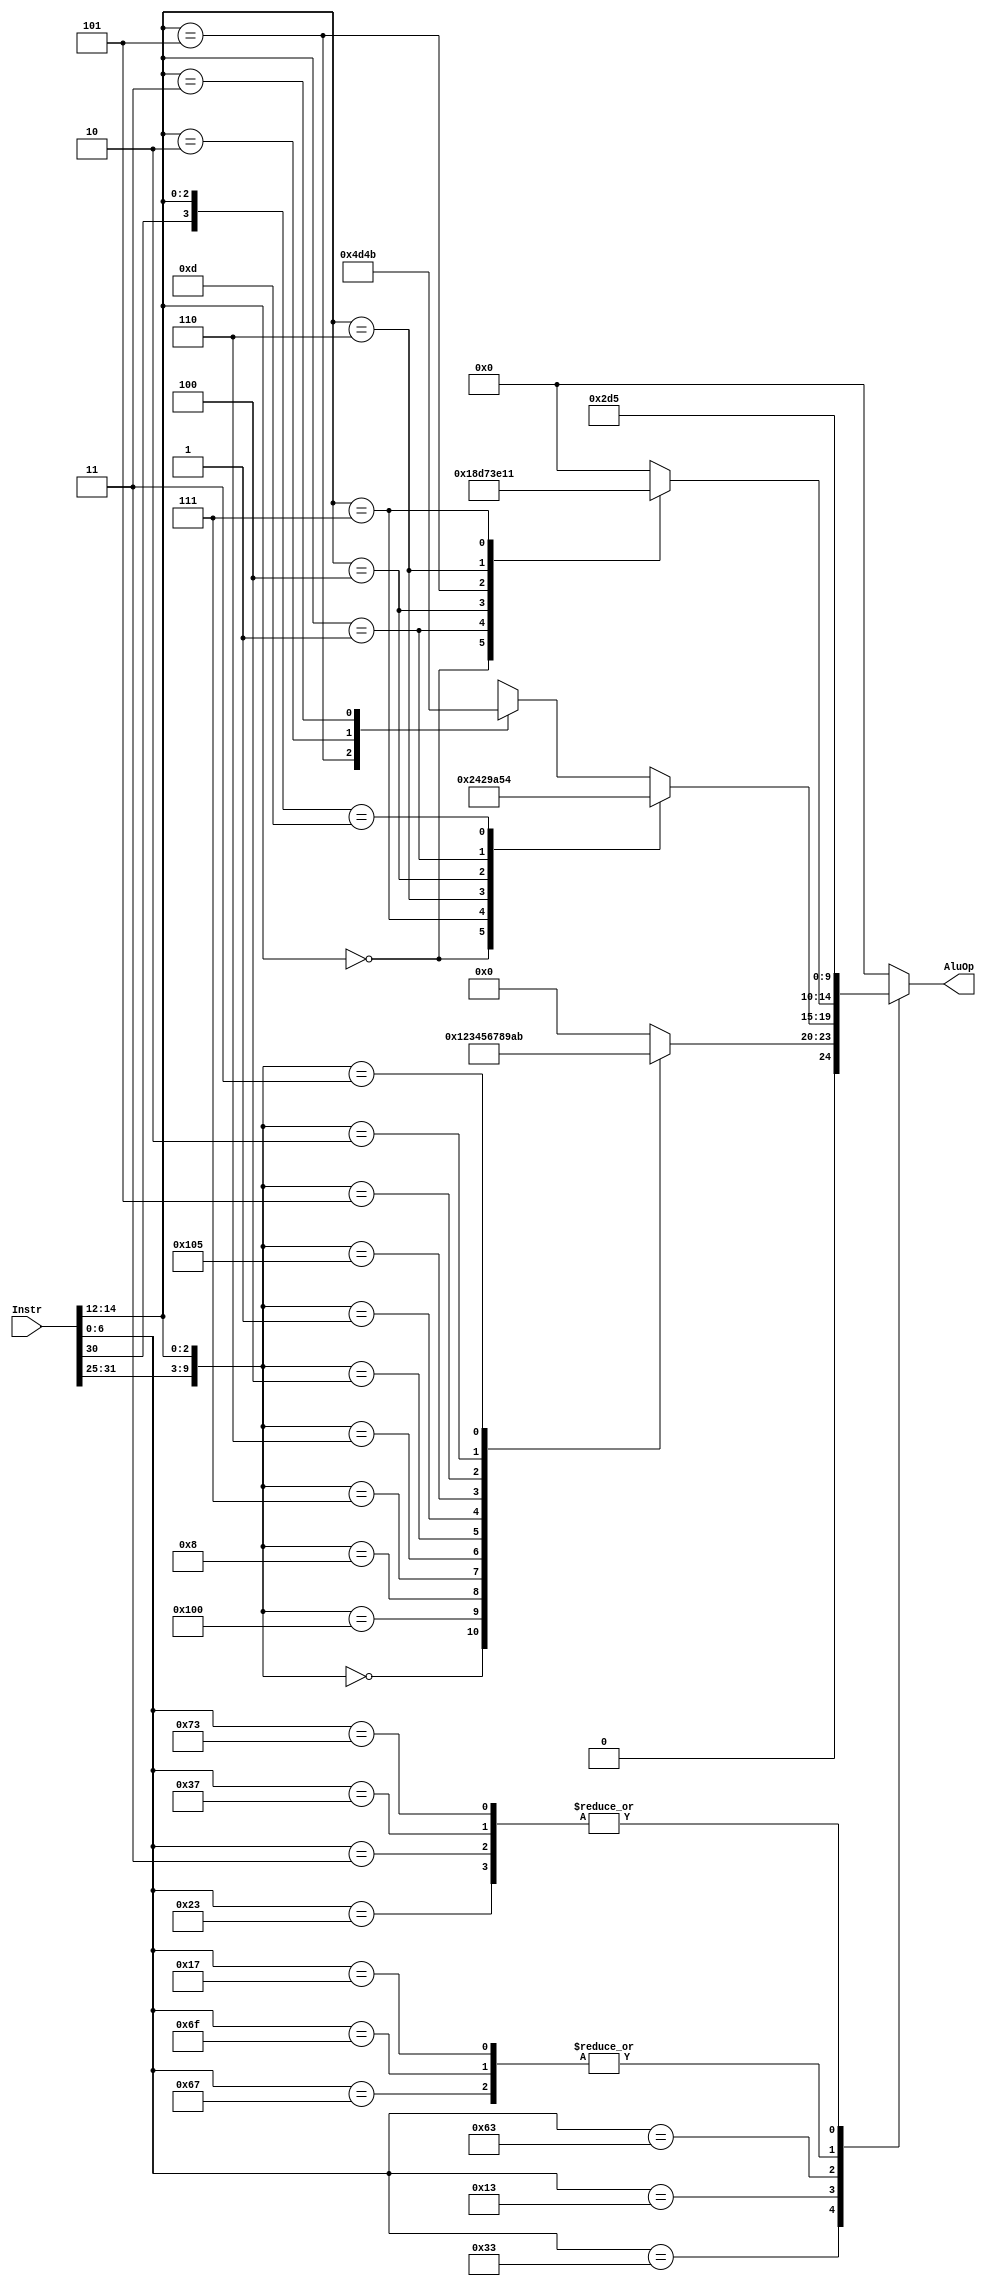
// For opcode parsing (Adapted from riscv-defines @ pulp)
`define OPCODE_OP 7'h33 
`define OPCODE_OPIMM 7'h13 
`define OPCODE_STORE 7'h23
`define OPCODE_LOAD 7'h03
`define OPCODE_BRANCH 7'h63
`define OPCODE_JALR 7'h67
`define OPCODE_JAL 7'h6f
`define OPCODE_AUIPC 7'h17
`define OPCODE_LUI 7'h37
`define OPCODE_CSRRS 7'h73

// For Instr parsing

// OP (MUL is extra)
`define ALU_ADD_OP 10'b0000000_000
`define ALU_SUB_OP 10'b0100000_000
`define ALU_MUL_OP 10'b0000001_000
`define ALU_AND_OP 10'b0000000_111
`define ALU_OR_OP 10'b0000000_110
`define ALU_XOR_OP 10'b0000000_100
`define ALU_SLL_OP 10'b0000000_001
`define ALU_SRA_OP 10'b0100000_101
`define ALU_SRL_OP 10'b0000000_101
`define ALU_SLT_OP 10'b0000000_010
`define ALU_SLTU_OP 10'b0000000_011

// OPIMM (Does not include SUB and MUL)
`define ALU_ADDI_OP 10'b???????_000
`define ALU_SLTI_OP 10'b???????_010
`define ALU_SLTIU_OP 10'b???????_011
`define ALU_XORI_OP 10'b???????_100
`define ALU_ORI_OP 10'b???????_110
`define ALU_ANDI_OP 10'b???????_111
`define ALU_SLLI_OP 10'b???????_001
`define ALU_SRLI_OP 10'b???????_101
`define ALU_SRAI_OP 10'b?1?????_101

// Branch
`define ALU_BEQ_OP 10'b???????_000
`define ALU_BNE_OP 10'b???????_001
`define ALU_BLT_OP 10'b???????_100 
`define ALU_BGE_OP 10'b???????_101  
`define ALU_BLTU_OP 10'b???????_110 
`define ALU_BGEU_OP 10'b???????_111 


// AluOp Outputs (Change values)

`define ADD 5'h1
`define SUB 5'h2
`define MUL 5'h3
`define AND 5'h4
`define OR 5'h5
`define XOR 5'h6
`define SLL 5'h7
`define SRA 5'h8
`define SRL 5'h9
`define SLT 5'hA
`define SLTU 5'hB

`define BEQ 5'hC
`define BNE 5'hD
`define BLT 5'hE
`define BGE 5'hF 
`define BLTU 5'h10
`define BGEU 5'h11 

`define SLLI 5'h12
`define SRLI 5'h13
`define SRAI 5'h14

`define LUI 5'h15
`define AUIPC 5'h16

module alu_ctrl( 
input [31 : 0] Instr,
output reg [4 : 0]  AluOp
);

// Dividing the instruction into parts
// Instr[6 : 0] -> opcode
// Instr[14 : 12] -> func3;
// Instr[31 : 25] -> func7;

//Opcode Parsing
// No need of default as it is taken care by AluOp = 5'h0
always @(Instr)
begin

    AluOp = 5'h0;

    casez (Instr[6 : 0])

        `OPCODE_OP : // Function to parse OP;
        begin
            casez ({Instr[31 : 25], Instr[14 : 12]})
            `ALU_ADD_OP: AluOp = `ADD;
            `ALU_SUB_OP: AluOp = `SUB;
            `ALU_MUL_OP: AluOp = `MUL;
            `ALU_AND_OP: AluOp = `AND;
            `ALU_OR_OP:  AluOp = `OR;
            `ALU_XOR_OP: AluOp = `XOR;
            `ALU_SLL_OP: AluOp = `SLL;
            `ALU_SRA_OP: AluOp = `SRA;
            `ALU_SRL_OP: AluOp = `SRL;
            `ALU_SLT_OP: AluOp = `SLT;
            `ALU_SLTU_OP: AluOp = `SLTU;
            endcase
        end

        `OPCODE_OPIMM : // Function to parse OPIMM;
        begin
            casez ({Instr[31 : 25], Instr[14 : 12]})
            `ALU_ADDI_OP: AluOp = `ADD;
            `ALU_ANDI_OP: AluOp = `AND;
            `ALU_ORI_OP:  AluOp = `OR;
            `ALU_XORI_OP: AluOp = `XOR;
            `ALU_SLLI_OP: AluOp = `SLLI;
            `ALU_SRAI_OP: AluOp = `SRAI;
            `ALU_SRLI_OP: AluOp = `SRLI;
            `ALU_SLTI_OP: AluOp = `SLT;
            `ALU_SLTIU_OP: AluOp = `SLTU;       
            endcase
        end

        `OPCODE_STORE : AluOp = `LUI;

        `OPCODE_LOAD : AluOp =  `LUI;

        `OPCODE_BRANCH :
        begin
            casez ({Instr[31 : 25], Instr[14 : 12]})
            `ALU_BEQ_OP:  AluOp = `BEQ;
            `ALU_BNE_OP:  AluOp = `BNE; 
            `ALU_BLT_OP:  AluOp = `BLT; 
            `ALU_BGE_OP:  AluOp = `BGE;  
            `ALU_BLTU_OP: AluOp = `BLTU;  
            `ALU_BGEU_OP: AluOp = `BGEU;
            endcase
        end 

        `OPCODE_JALR : AluOp = `AUIPC;

        `OPCODE_JAL :  AluOp = `AUIPC;

        `OPCODE_AUIPC : AluOp = `AUIPC;

        `OPCODE_LUI :  AluOp = `LUI;
        
        `OPCODE_CSRRS : AluOp = `LUI;

    endcase
end


endmodule